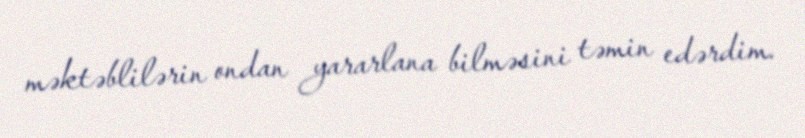
məktəblilərin ondan yararlana bilməsini təmin edərdim.